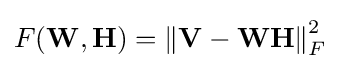
F(\mathbf {W} ,\mathbf {H} )=\left\|\mathbf {V} -\mathbf {WH} \right\|_{F}^{2}